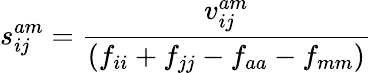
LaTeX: s_{ij}^{am}=\frac{v_{ij}^{am}}{(f_{ii}+f_{jj}-f_{aa}-f_{mm})}